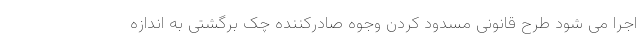
اجرا می شود طرح قانونی مسدود کردن وجوه صادرکننده چک برگشتی به اندازه